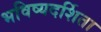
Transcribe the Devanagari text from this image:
भविष्यदर्शिता